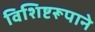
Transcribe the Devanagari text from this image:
विशिष्टरूपाने